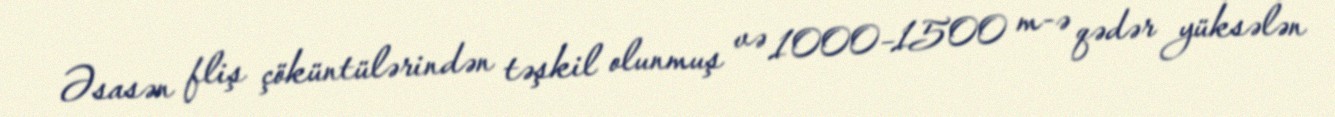
Əsasən fliş çöküntülərindən təşkil olunmuş və 1000–1500 m-ə qədər yüksələn